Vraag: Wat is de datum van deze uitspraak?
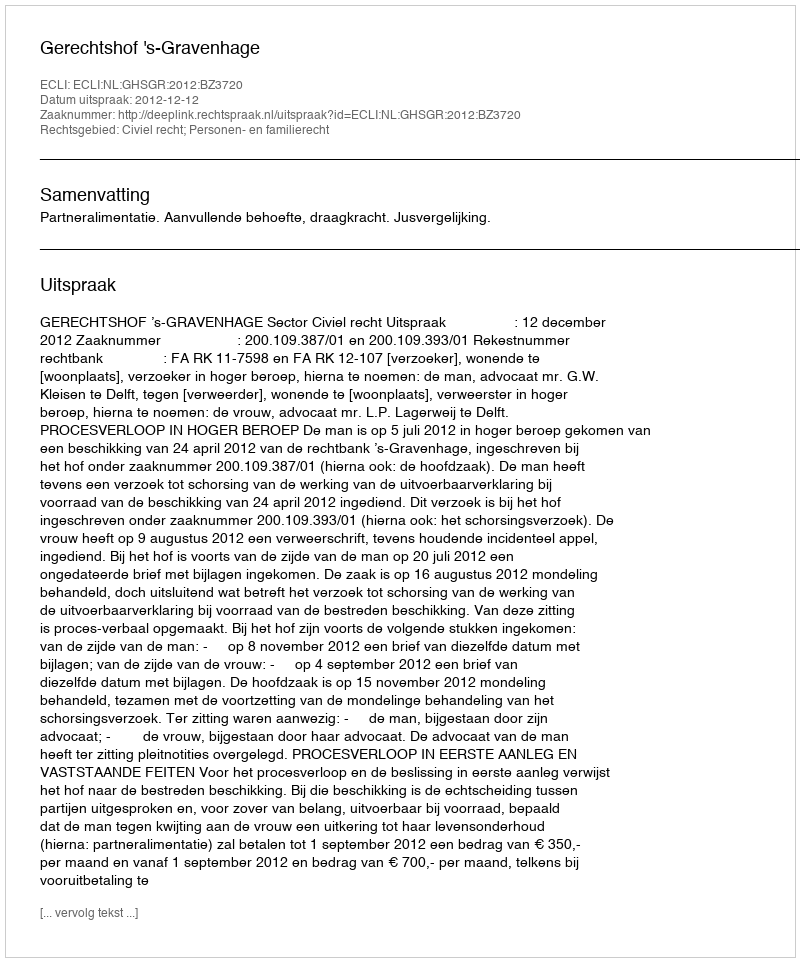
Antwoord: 2012-12-12